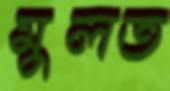
মুলত